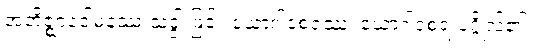
အဘိဇ္ဈာဒေါမနဿ သဒ္ဒါ ဖြင့်။ ယောဂါဝစရဿ၊ ယောဂါဝစရ ပုဂ္ဂိုလ်၏။